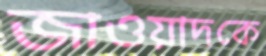
জাওয়াদকে